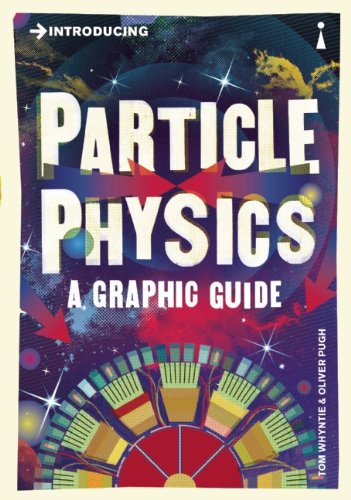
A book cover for Introducing Particle Physics: A Graphic Guide; Tom Whyntie; Science & Math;